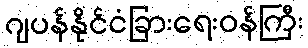
ဂျပန်နိုင်ငံခြားရေးဝန်ကြီး